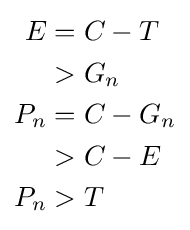
{\begin{aligned}E&{}=C-T\\&{}>G_{n}\\P_{n}&{}=C-G_{n}\\&{}>C-E\\P_{n}&{}>T\end{aligned}}